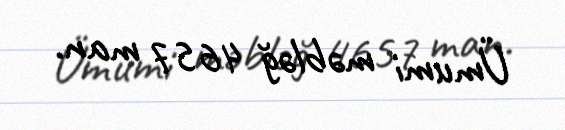
Ümumi məbləğ 4657 man.